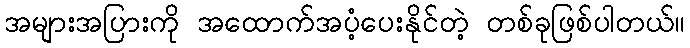
အများအပြားကို အထောက်အပံ့ပေးနိုင်တဲ့ တစ်ခုဖြစ်ပါတယ်။